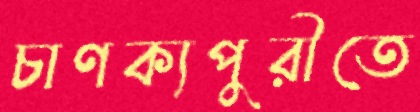
চাণক্যপুরীতে